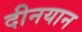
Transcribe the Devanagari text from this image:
दीनयान